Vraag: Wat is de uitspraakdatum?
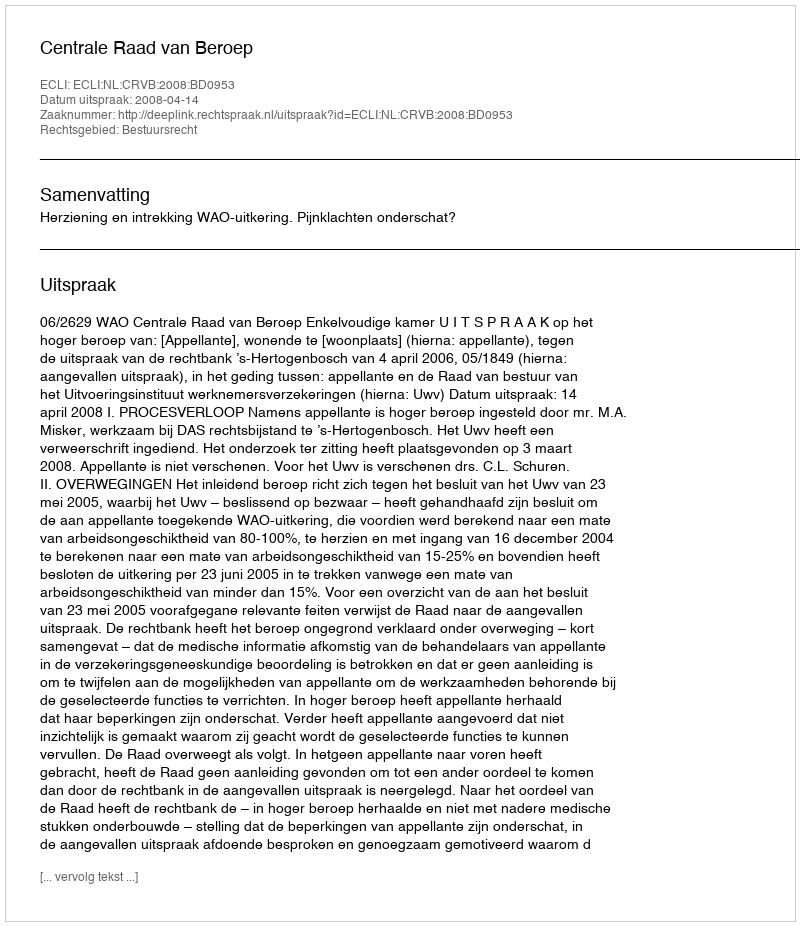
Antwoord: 2008-04-14